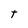
Character: t